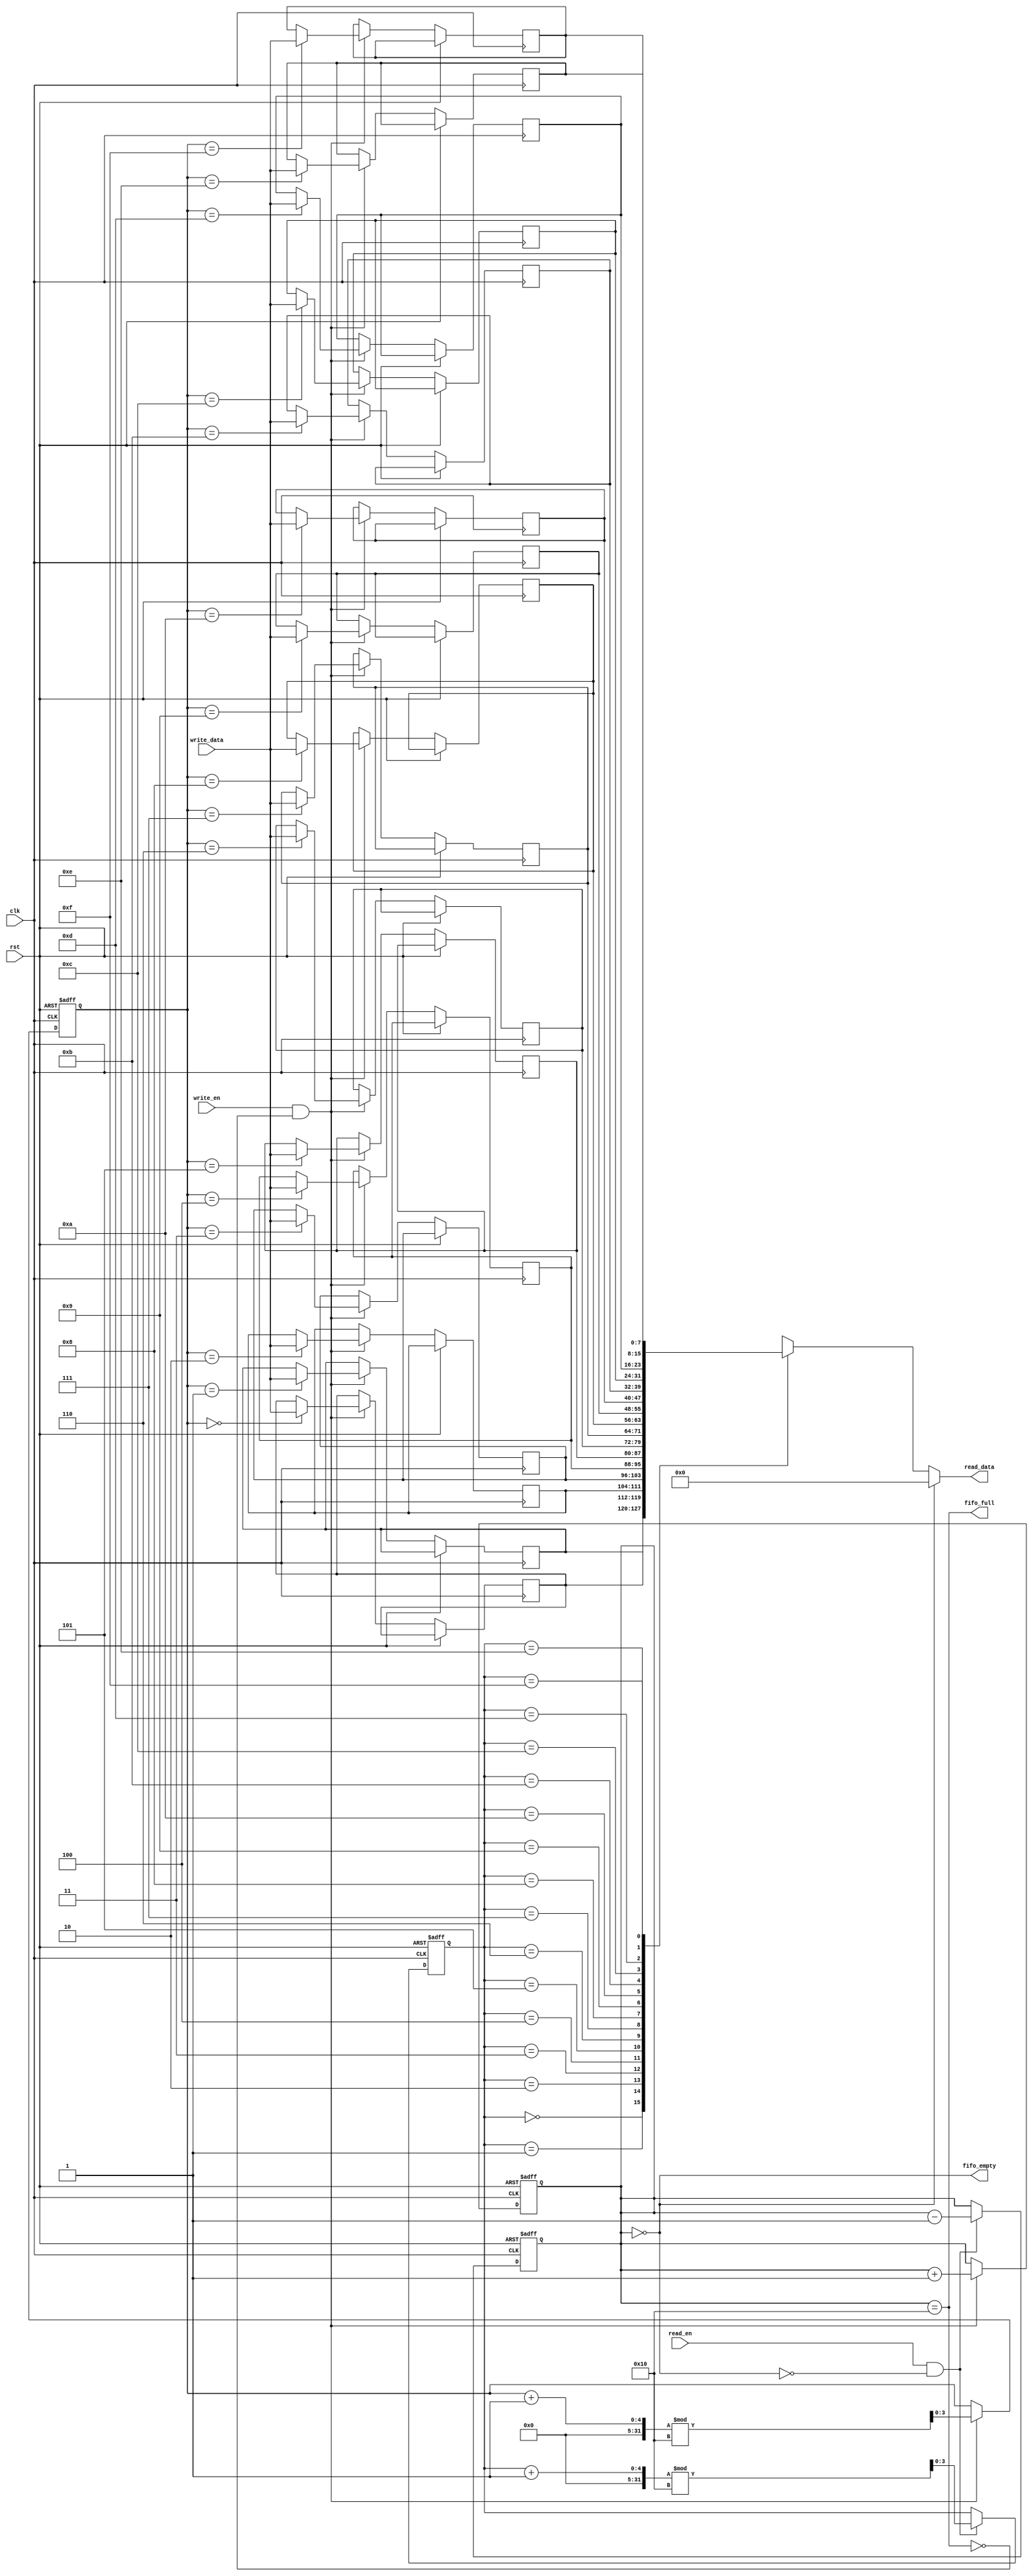
module multiport_fifo #(
    parameter DATA_WIDTH = 8,  // Width of each FIFO entry
    parameter FIFO_DEPTH = 16   // Number of entries in the FIFO
) (
    input wire clk,
    input wire rst,
    
    // Write Port
    input wire [DATA_WIDTH-1:0] write_data,
    input wire write_en,
    output wire fifo_full,
    
    // Read Port
    output wire [DATA_WIDTH-1:0] read_data,
    input wire read_en,
    output wire fifo_empty
);

    // Memory array
    reg [DATA_WIDTH-1:0] fifo_mem [0:FIFO_DEPTH-1];
    
    // Pointers
    reg [clog2(FIFO_DEPTH)-1:0] write_ptr;
    reg [clog2(FIFO_DEPTH)-1:0] read_ptr;
    reg [clog2(FIFO_DEPTH):0] count;  // Count of items in FIFO

    // Full and Empty flags
    assign fifo_full = (count == FIFO_DEPTH);
    assign fifo_empty = (count == 0);
    assign read_data = (fifo_empty) ? {DATA_WIDTH{1'b0}} : fifo_mem[read_ptr];

    // Write Logic
    always @(posedge clk or posedge rst) begin
        if (rst) begin
            write_ptr <= 0;
            count <= 0;
        end else if (write_en && !fifo_full) begin
            fifo_mem[write_ptr] <= write_data;
            write_ptr <= (write_ptr + 1) % FIFO_DEPTH;
            count <= count + 1;
        end
    end

    // Read Logic
    always @(posedge clk or posedge rst) begin
        if (rst) begin
            read_ptr <= 0;
            count <= 0;
        end else if (read_en && !fifo_empty) begin
            read_ptr <= (read_ptr + 1) % FIFO_DEPTH;
            count <= count - 1;
        end
    end

    // Function to calculate log2
    function integer clog2(input integer value);
        begin
            value = value - 1;
            for (clog2 = 0; value > 0; clog2 = clog2 + 1)
                value = value >> 1;
        end
    endfunction

endmodule